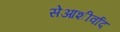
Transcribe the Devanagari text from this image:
सेआशीर्वाद